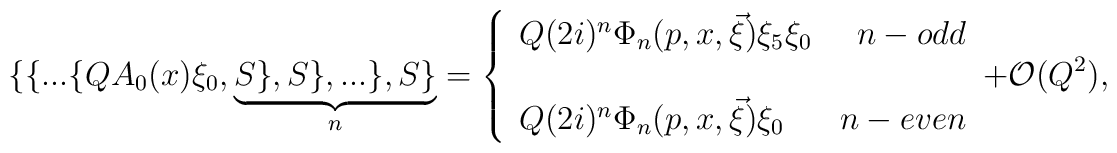
\{\{...\{QA_{0}(x)\xi _{0},\underbrace{S\},S\},...\},S\}}_{n}=\left\{\begin{array}{lr}Q(2i)^{n}\Phi _{n}(p,x,\vec{\xi})\xi _{5}\xi _{0} & n-odd \\&  \\Q(2i)^{n}\Phi _{n}(p,x,\vec{\xi})\xi _{0} & n-even\end{array}\right. +{\cal O}(Q^{2}),